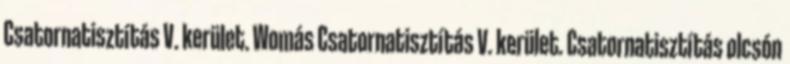
Csatornatisztítás V. kerület. Womás Csatornatisztítás V. kerület. Csatornatisztítás olcsón